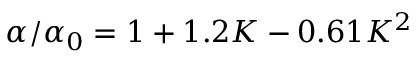
{ \alpha } / { \alpha _ { 0 } } = 1 + 1 . 2 K - 0 . 6 1 K ^ { 2 }